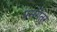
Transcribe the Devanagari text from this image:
प्रसंगेतर